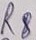
Text: R8